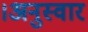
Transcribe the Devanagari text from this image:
।अनुस्वार